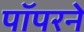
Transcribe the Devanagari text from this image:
पॉपरने